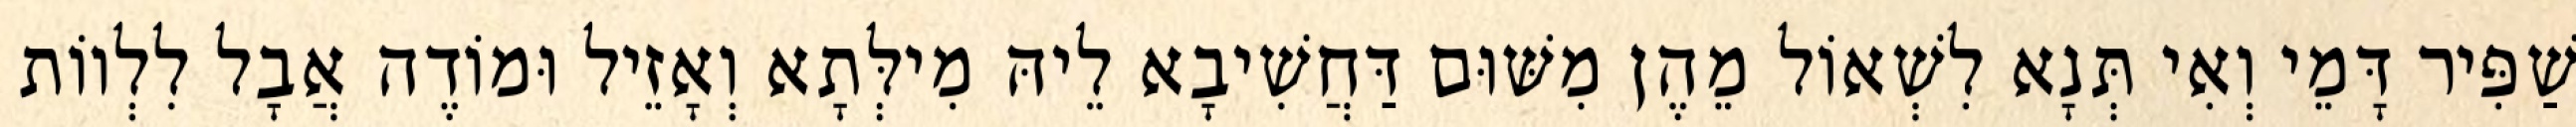
שַׁפִּיר דָּמֵי וְאִי תְּנָא לִשְׁאוֹל מֵהֶן מִשּׁוּם דַּחֲשִׁיבָא לֵיהּ מִילְּתָא וְאָזֵיל וּמוֹדֶה אֲבָל לִלְווֹת